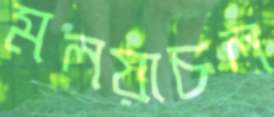
মলয়াচল